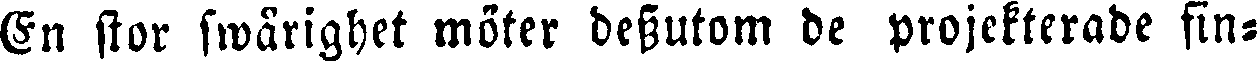
En stor swårighet möter dessutom de projekterade fin-